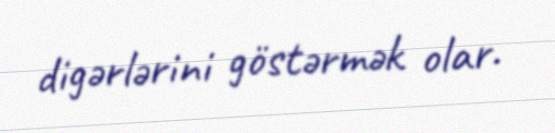
digərlərini göstərmək olar.